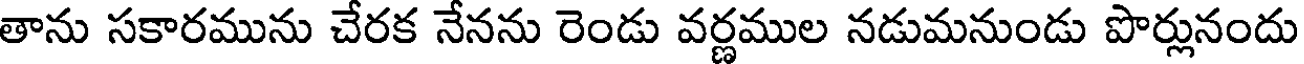
తాను సకారమును చేరక నేనను రెండు వర్ణముల నడుమనుండు పొర్లునందు